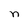
Character: n